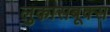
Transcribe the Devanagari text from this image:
लुकासबूक्स